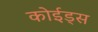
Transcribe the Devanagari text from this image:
कोईड्स